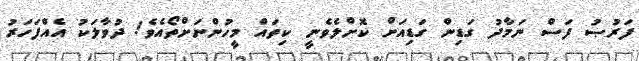
ފަރުޞު ފަސް ނަމާދު ގަޑިން ގަޑިއަށް ކޮށްލެވެނީ ކިތައް މީހުންނަށްތޯއެވެ! ދުވާލަކު އެއްފަހަރު